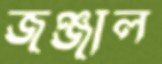
জঞ্জাল